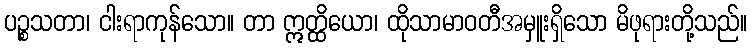
ပဉ္စသတာ၊ ငါးရာကုန်သော။ တာ ဣတ္ထိယော၊ ထိုသာမာဝတီအမှူးရှိသော မိဖုရားတို့သည်။